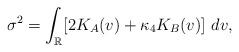
LaTeX: \begin{align*}\sigma^2=\int_{\mathbb{R}} [2K_A(v) +\kappa_4 K_B(v)]~dv,\end{align*}